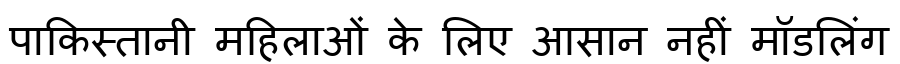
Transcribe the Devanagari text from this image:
पाकिस्तानी महिलाओं के लिए आसान नहीं मॉडलिंग